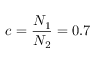
c = \frac { N _ { 1 } } { N _ { 2 } } = 0 . 7